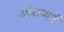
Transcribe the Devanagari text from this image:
ऑसबार्न